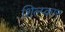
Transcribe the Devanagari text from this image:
शिल्प्कार